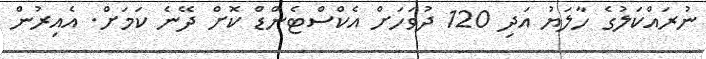
ނުރައްކަލުގެ ހާލަޔު އަދި 120 ދުވަހަށް އެކްސްޓެންޑް ކޮށް ދޭނެ ކަމަށް. އެއިރުން